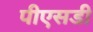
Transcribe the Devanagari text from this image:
पीएसडी